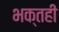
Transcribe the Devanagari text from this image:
भक्तही